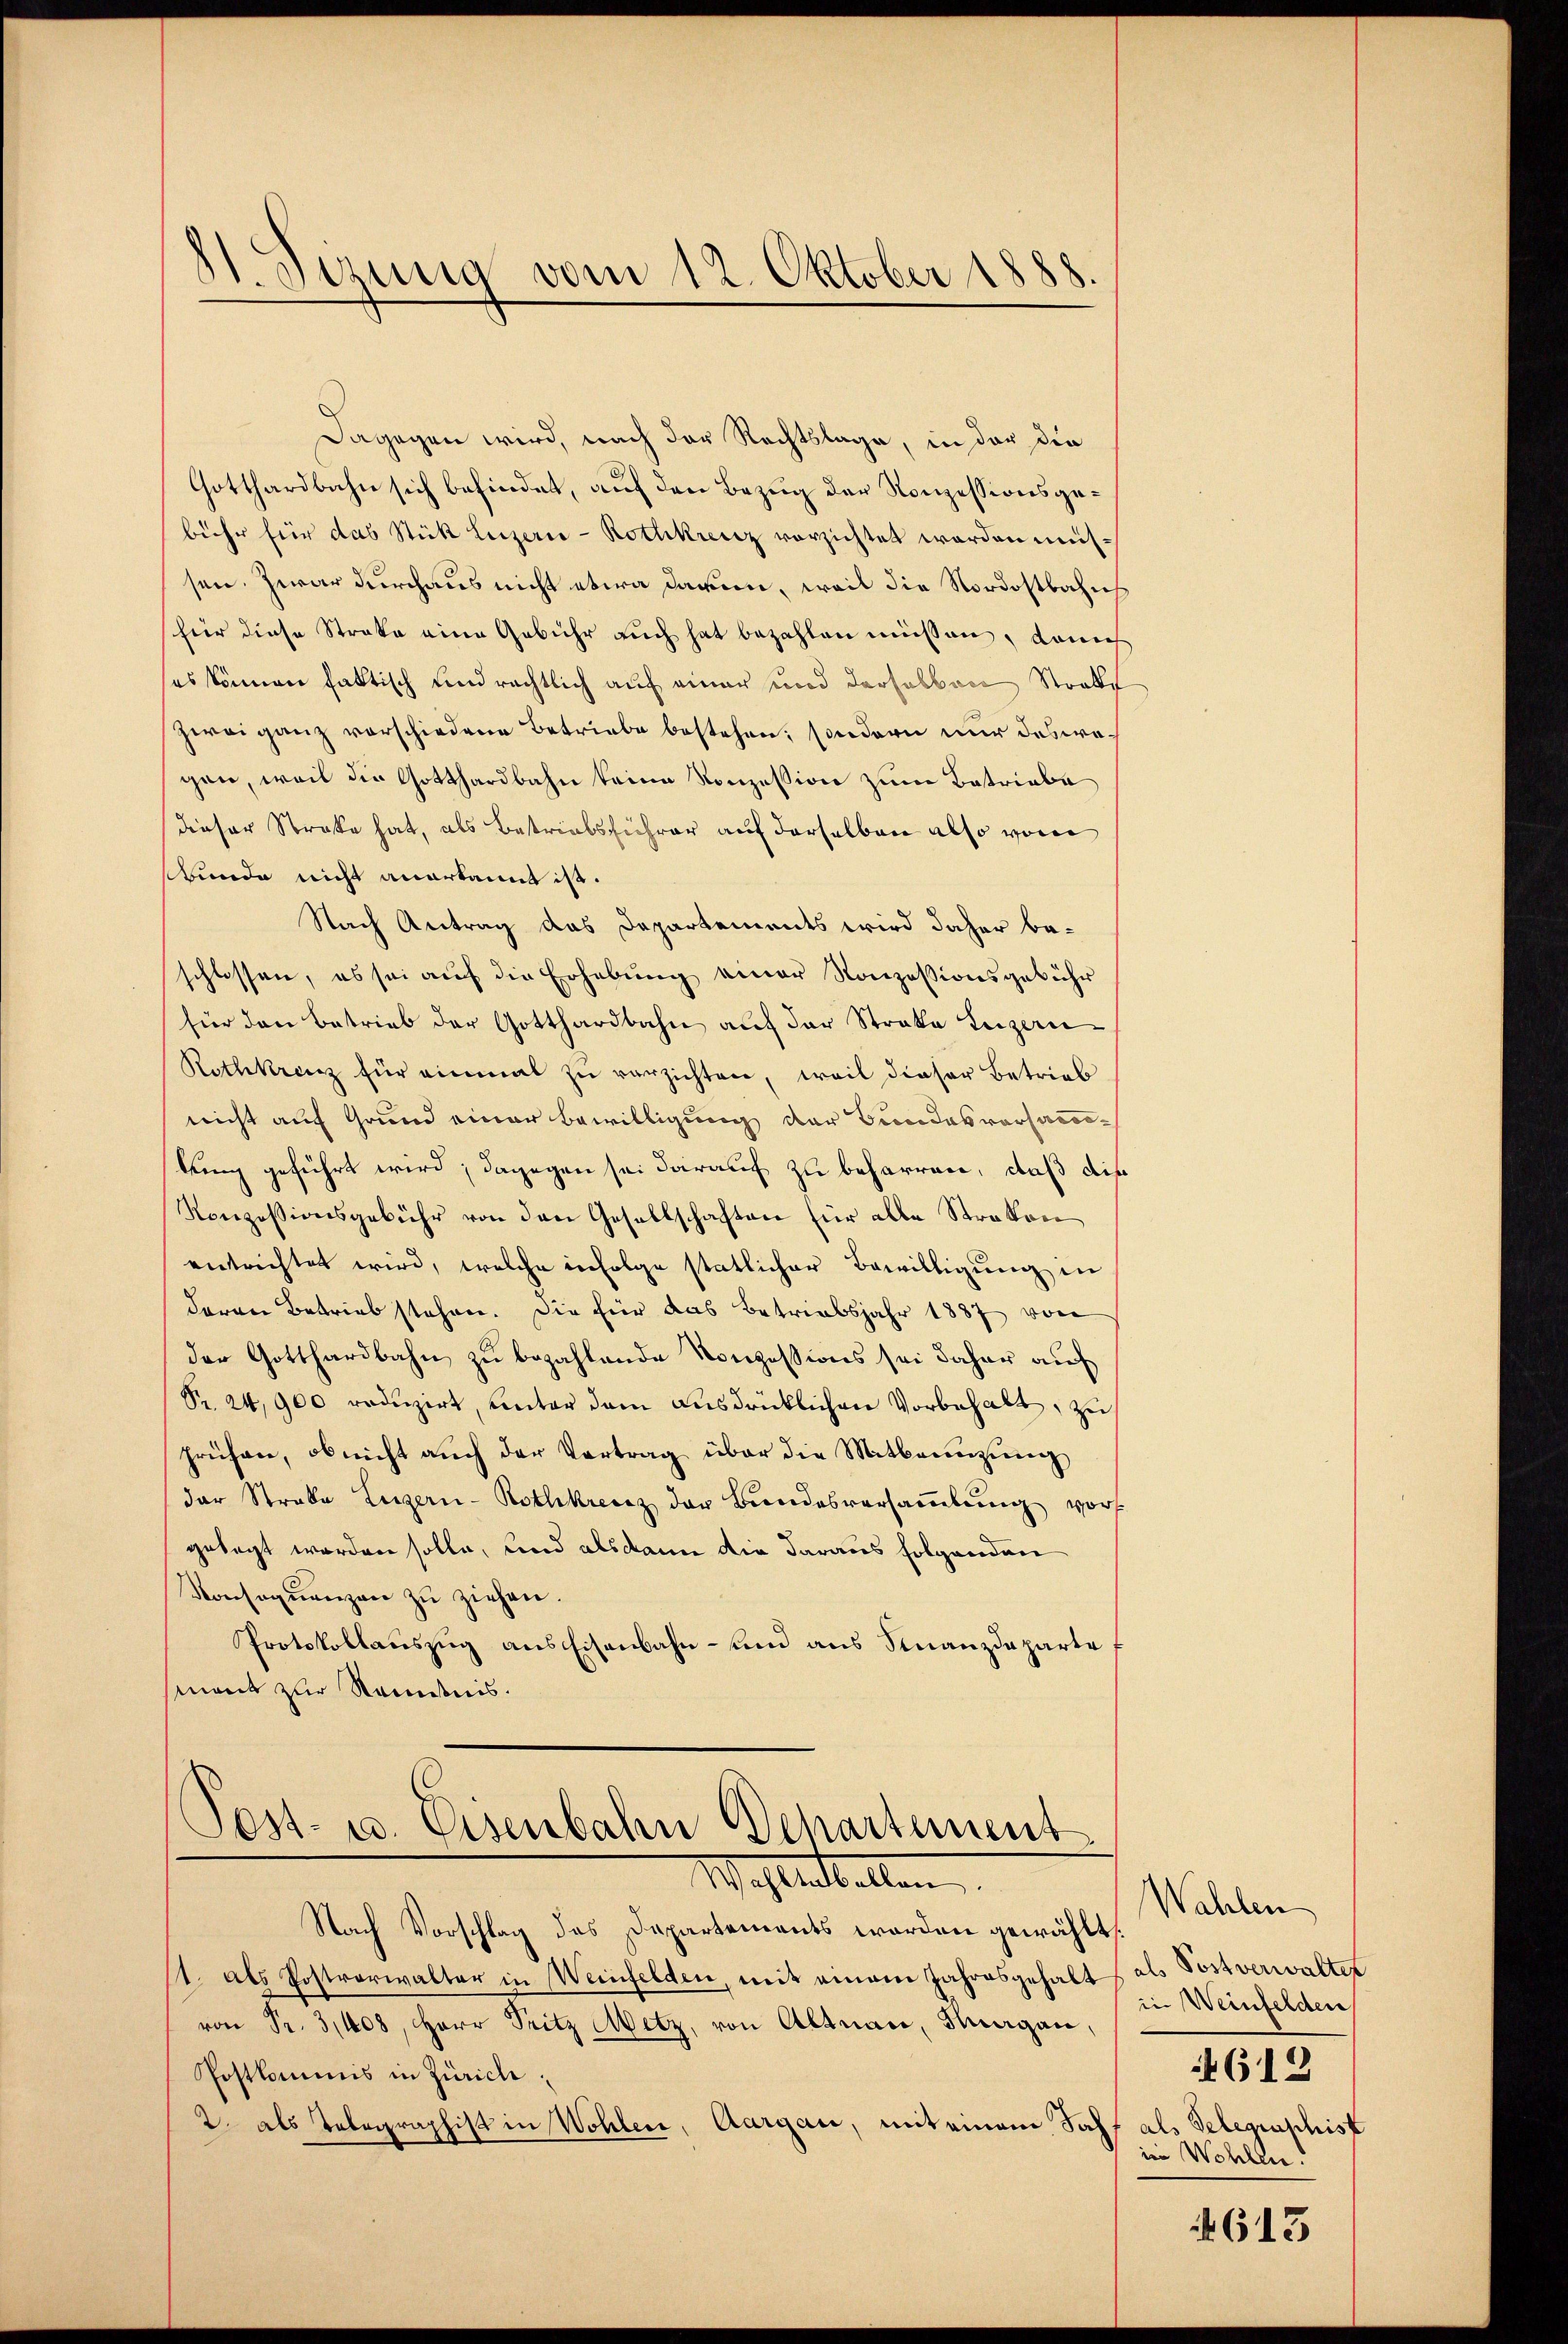
Sizung vom 12. Oktober 1888

Dagegen wird, nach der Rechtslage, in der die
Gotthardbahn sich befindet, auf den Bezug der Konzessionsgebühr für das Stück Luzern - Rothkreuz vorzichtet worden müssen. Zwar durchaus nicht etwa daren, weil die Nordostbahns
(für diese Streke eine Gebühr auch hat bezahlen müssen, danech
ses können faktisch und rechtlich auf einer und derselben Strale
zwei ganz vorschiedene Betriebe bestehen, sondern nur deswegen, weil die Gotthardbahn keine Konzession zum Betriebe
dieser Strafe hat, als Betriebsführer auf derselben also vom
Bunde nicht anerkannt ist.
Nach Antrag das Departements wird daher beschlossen, es sei aŭf die Erhebŭng einer Konzessionsgebühr
für den Betrieb der Gotthardbahn auf der Streke Luzern¬
Rothkreuz für einmal zu verzichten, weil dieser Betrieb
nicht auf Grund einer Bewilligung der Bundesvorsam¬
King geführt wird; dagegen sei darauf zu beharren, daß die
Konzessionsgebühr von den Gesellschaften für alle Straton
entrichtet wird, welche infolge statlicher Bewilligung in
daran Betrieb stehen. Die für das Betriebsjahr 1887 von
der Gotthardbahn zu bezahlende Konzessions sei daher auf
Pr. 24,900 reduzirt, unter dem ausdrücklichen Vorbehalt, zu
prühen, ob nicht auch der Vertrag über die Mitbrenzung
der Strabe Luzern-Rothkreuz der Bundesversamlung vor
gelegt worden solle, und alsdann die daraus folgenden
Konseqŭenzen zu ziehen.
Protokollauszug aus Eisenbahn- und aus Finanzdeparte
mant zur Sanitnis.

Post- u. Eisenbahn Departement
Mahlen bellen

Nach Vorschlag des Departements worden gewählt.
11. als Postverwalter in Weinfelden, mit einem Jahresgehalt (als Postverwalter
von Fr. 3, 408, Herr Pritz Metz, von Altnau, Flurgau,
Postkommnis in Zürich
2. als Telegraphist in Wohlen, Aargau, mit einem Jahr als Gelegenshist

Wahlen
in Weinfelden
612
in Wohlen.

613